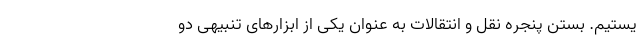
یستیم. بستن پنجره نقل و انتقالات به عنوان یکی از ابزارهای تنبیهی دو